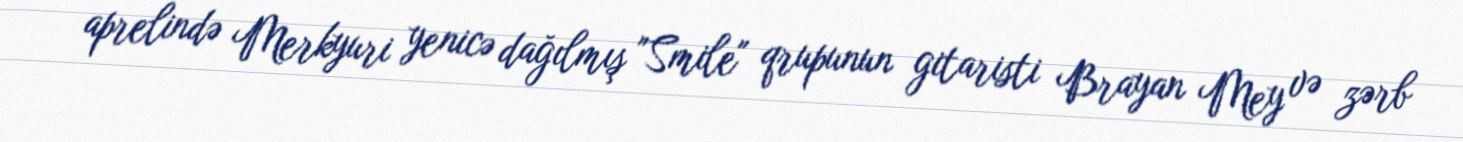
aprelində Merkyuri yenicə dağılmış "Smile" qrupunun gitaristi Brayan Mey və zərb